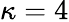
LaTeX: \kappa=4